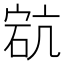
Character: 𥒳